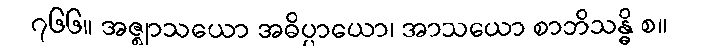
၇၆၆။ အဇ္ဈာသယော အဓိပ္ပာယော၊ အာသယော စာဘိသန္ဓိ စ။